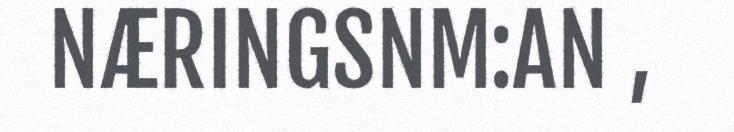
NÆRINGSNM:AN ,